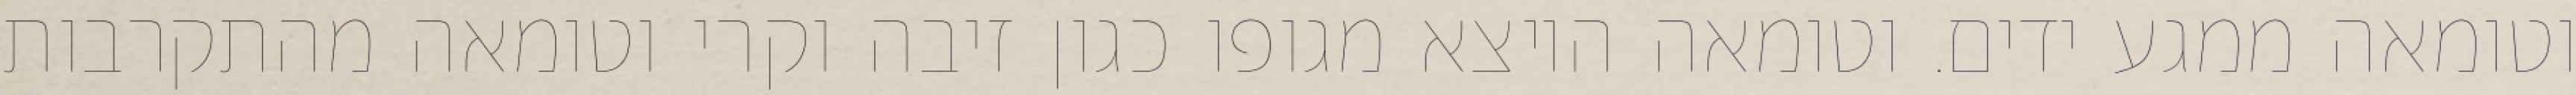
וטומאה ממגע ידים. וטומאה היוצא מגופו כגון זיבה וקרי וטומאה מהתקרבות